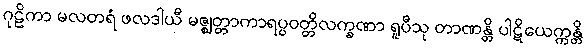
ဂုဠိကာ မလတရံ ဖလဒါယီ မဇ္ဈတ္တာကာရပ္ပဝတ္တိလက္ခဏာ ရူပီသု တာဏန္တိ ပါဋိယေက္ကန္တိ